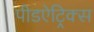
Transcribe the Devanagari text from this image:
पीडऐट्रिक्स